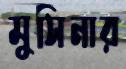
মুসিনার